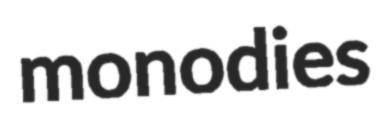
monodies